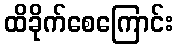
ထိခိုက်စေကြောင်း